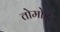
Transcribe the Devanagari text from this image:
तोमोड़